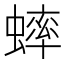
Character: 蟀